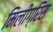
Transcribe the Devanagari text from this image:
मिलीग्रिस